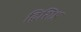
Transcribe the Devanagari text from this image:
द्विशिश्न